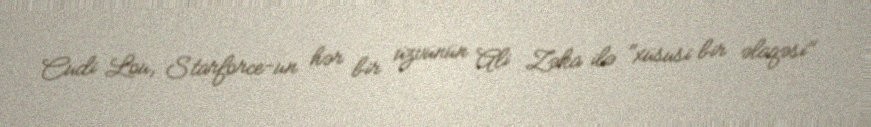
Cudi Lou, Starforce-un hər bir üzvünün Ali Zəka ilə "xüsusi bir əlaqəsi"